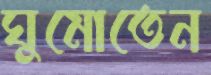
ঘুমোতেন